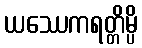
ယဿေကရတ္တိမ္ပိ